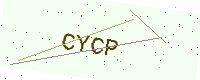
Text: CYCP